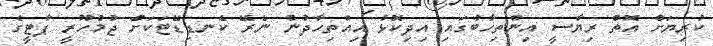
ކުރިޔަށް އޮތް ރިޔާސީ އިންތިހާބުގައި އިދިކޮޅު އިއްތިހާދުން ނެރޭ ކެނޑިޑޭޓަކަށް ޖުމްހޫރީ ޕާޓީގެ